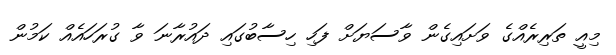
މިއީ ތަރިރެއްގެ ވަށައިގެން ވާސަޔަށް ފަހި ހިސާބުގައި ދައުރާނަ ވާ ގުރަހައެއް ކަމުން